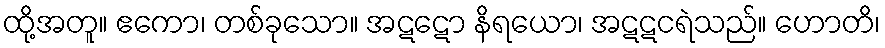
ထို့အတူ။ ဧကော၊ တစ်ခုသော။ အဋဋော နိရယော၊ အဋဋငရဲသည်။ ဟောတိ၊